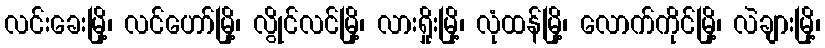
လင်းခေးမြို့၊ လင်ဟော်မြို့၊ လွိုင်လင်မြို့၊ လားရှိုးမြို့၊ လုံထန်မြို့၊ လောက်ကိုင်မြို့၊ လဲချားမြို့၊